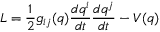
L = \frac { 1 } { 2 } g _ { i j } ( q ) \frac { d q ^ { i } } { d t } \frac { d q ^ { j } } { d t } - V ( q )